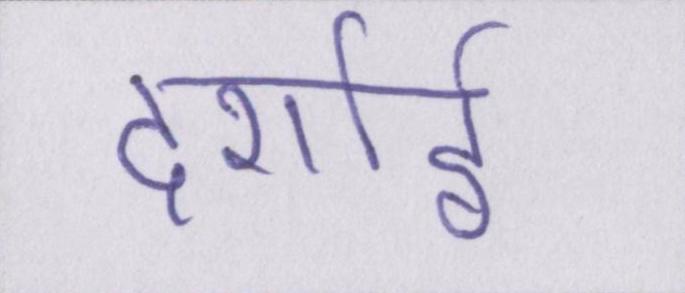
दर्शाई